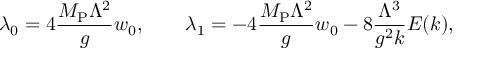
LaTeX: \lambda _ { 0 } = 4 { \frac { M _ { \mathrm { P } } \Lambda ^ { 2 } } { g } } w _ { 0 } , \qquad \lambda _ { 1 } = - 4 { \frac { M _ { \mathrm { P } } \Lambda ^ { 2 } } { g } } w _ { 0 } - 8 { \frac { \Lambda ^ { 3 } } { g ^ { 2 } k } } E ( k ) ,